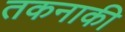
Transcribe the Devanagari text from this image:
तकनाकी